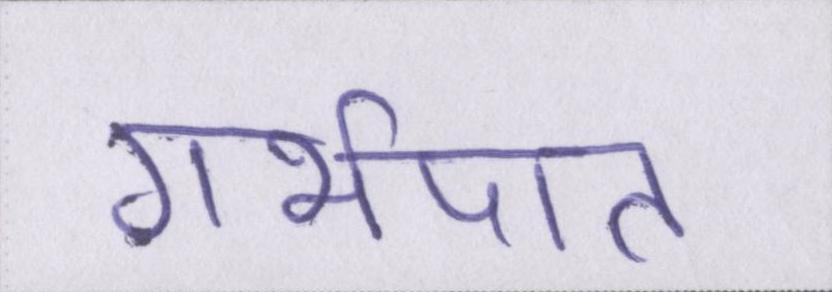
गर्भपात